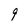
Character: 9